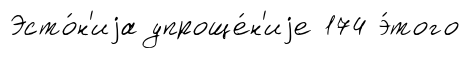
Эсто́н'иjа упроще́н'иjе 174 э́того